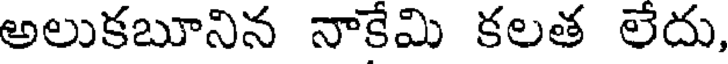
అలుకబూనిన నాకేమి కలత లేదు,